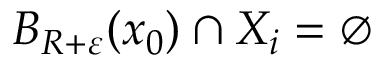
B _ { R + \varepsilon } ( x _ { 0 } ) \cap X _ { i } = \varnothing